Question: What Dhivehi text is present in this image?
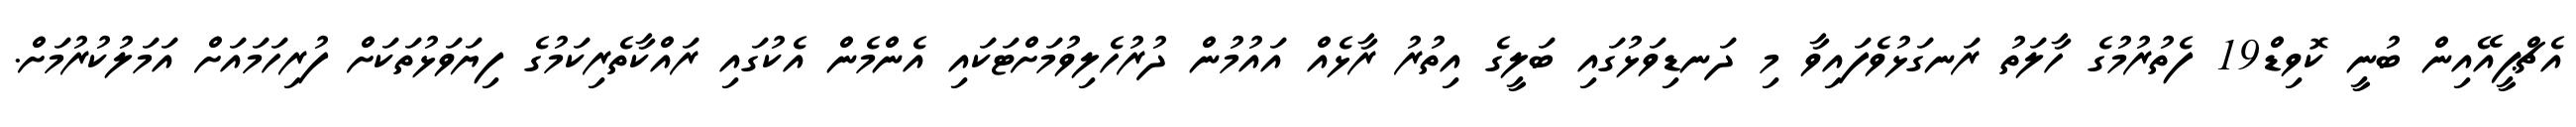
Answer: އެޗްޕީއޭއިން ބުނީ ކޮވިޑް19 ފެތުރުމުގެ ހާލަތު ރަނގަޅުވެފައިވާ މި ދަނޑިވަޅުގައި ބަލީގެ އިތުރު ރާޅެއް އައުމުން ދުރުހެލިވުމަށްޓަކައި އެންމެން އެކުގައި ރައްކާތެރިކަމުގެ ފިޔަވަޅުތަކަށް ފުރިހަމައަށް އަމަލުކުރުމަށް.